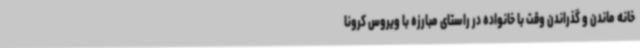
خانه ماندن و گذراندن وقت با خانواده در راستای مبارزه با ویروس کرونا